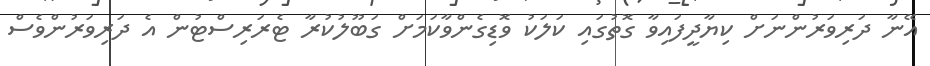
އޭނާ ދަރިވަރުންނަށް ކިޔާދީފައިވާ ގޮތުގައި ކަލަކު ވޮޑިގެންވާކަމަށް ގަބޫލުކުރާ ޓެރަރިސްޓުން އެ ދަރިވަރުންވެސް